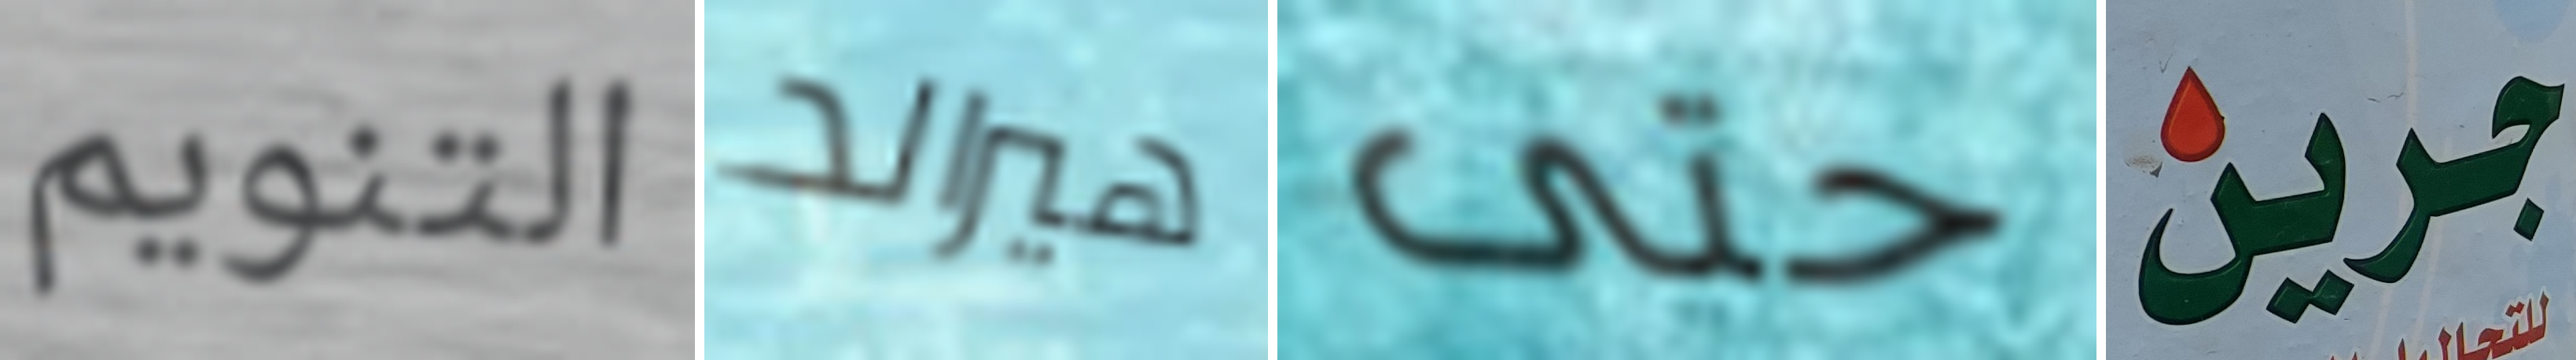
التنويم هيرالد حتى جرين